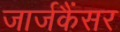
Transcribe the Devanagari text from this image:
जार्जकैंसर